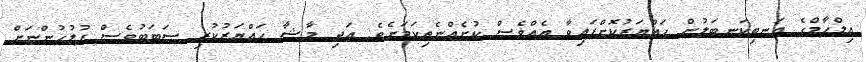
އިލްހާމްގެ އަނބިކަނބަލުން ހައްޔަރުކޮށްފައިވާ އެއްވެސް ކުށެއްނެތިކަމަށެވެ. އަދި މާޝާ ހައްޔަރުކުރި ސަބަބުވެސް ފުލުހުންނަށް